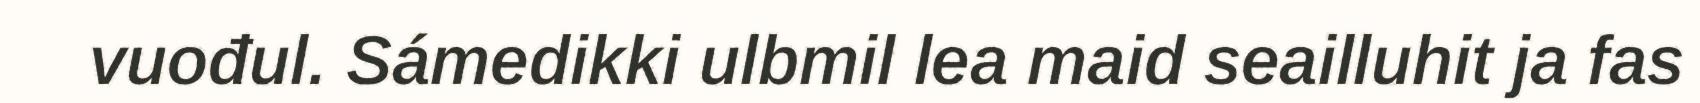
vuođul. Sámedikki ulbmil lea maid seailluhit ja fas